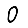
Digit: 0